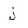
Character: j